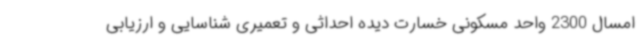
امسال 2300 واحد مسکونی خسارت دیده احداثی و تعمیری شناسایی و ارزیابی